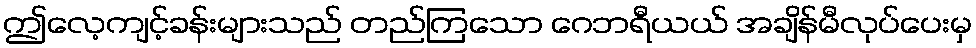
ဤလေ့ကျင့်ခန်းများသည် တည်ကြသော ဂေဘရီယယ် အချိန်မီလုပ်ပေးမှ